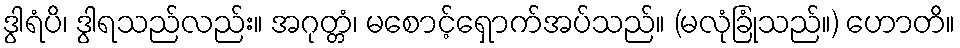
ဒွါရံပိ၊ ဒွါရသည်လည်း။ အဂုတ္တံ၊ မစောင့်ရှောက်အပ်သည်။ (မလုံခြုံသည်။) ဟောတိ။